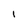
Character: i